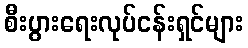
စီးပွားရေးလုပ်ငန်းရှင်များ